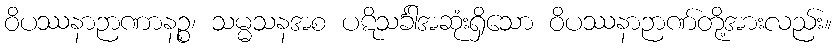
ဝိပဿနာဉာဏာနဉ္စ၊ သမ္မသနအစ ပဋိသင်္ခါအဆုံးရှိသော ဝိပဿနာဉာဏ်တို့အားလည်း။